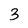
Character: 3